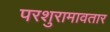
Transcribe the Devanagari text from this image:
परशुरामावतार